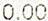
0.00